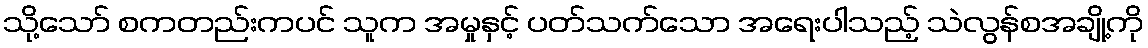
သို့သော် စကတည်းကပင် သူက အမှုနှင့် ပတ်သက်သော အရေးပါသည့် သဲလွန်စအချို့ကို